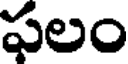
ఫలం